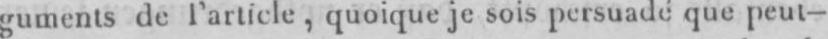
guments de l’article, quoique je sois persuadé que peut-